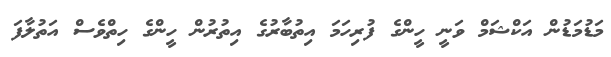
މަޑުމަޑުން އަކްޝަމް ވަނީ ހީންގެ ފުރިހަމަ އިތުބާރުގެ އިތުރުން ހީންގެ ހިތްވެސް އަތުލާފަ